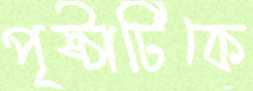
পৃষ্ঠাটিকে